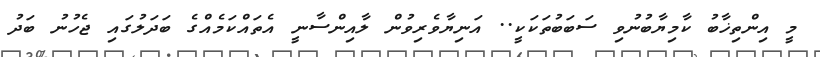
މީ އިންތިޚާބު ކާމިޔާބުނުވި ސަބަބުތަކަކީ.. އަނިޔާވެރިވުން ލާއިންސާނީ އެތައްކަމެއްގެ ބަދަލުގައި ޖެހުނު ބަދު